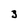
Character: 3